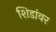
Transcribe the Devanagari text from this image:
शिडांवर